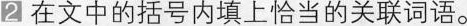
2在文中的括号内填上恰当的关联词语。